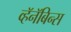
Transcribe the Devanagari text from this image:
व्हॅनॅबिन्स